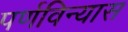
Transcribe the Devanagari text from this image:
पर्णविन्यास